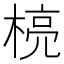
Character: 𪳄